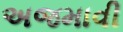
અજમાવી